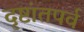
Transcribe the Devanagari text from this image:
दृष्टांतपर्व